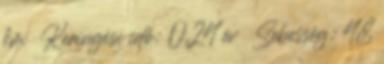
km  Keringési idő: 0,24 év  Sebesség: 48